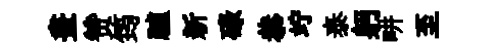
畫赞筠驢新碌恭竚泰躬畊至